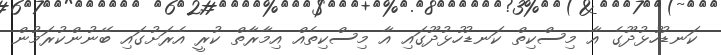
ކަނޑުހުޅުދޫގެ އާ މިސްކިތް ކަނޑުހުޅުދޫގައި އާ މިސްކިތެއް އިމާރާތް ކުރީ އެރަށުގައި ބޭނުންކުރަމުން